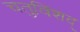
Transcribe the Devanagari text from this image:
चतुविंशद्